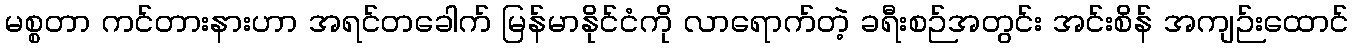
မစ္စတာ ကင်တားနားဟာ အရင်တခေါက် မြန်မာနိုင်ငံကို လာရောက်တဲ့ ခရီးစဉ်အတွင်း အင်းစိန် အကျဉ်းထောင်